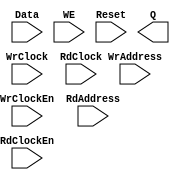
// --------------------------------------------------------------------
// >>>>>>>>>>>>>>>>>>>>>>>>> COPYRIGHT NOTICE <<<<<<<<<<<<<<<<<<<<<<<<<
// --------------------------------------------------------------------
// Copyright (c) 2005 by Lattice Semiconductor Corporation
// --------------------------------------------------------------------
//
//
//                     Lattice Semiconductor Corporation
//                     5555 NE Moore Court
//                     Hillsboro, OR 97214
//                     U.S.A.
//
//                     TEL: 1-800-Lattice  (USA and Canada)
//                          1-408-826-6000 (other locations)
//
//                     web: http://www.latticesemi.com/
//
// --------------------------------------------------------------------
//
// Synthesis Black Box definition for PMI Blocks
// $Header: /home/CVS_apps/PCIeSol/Source/pmi_def.v,v 1.1.1.1 2008/07/01 17:34:22 jfreed Exp $

module pmi_distributed_dpram 
  #(parameter pmi_addr_depth = 32,
    parameter pmi_addr_width = 5,
    parameter pmi_data_width = 8,
    parameter pmi_regmode = "reg",
    parameter pmi_init_file = "none",
    parameter pmi_init_file_format = "binary",
    parameter pmi_family = "EC",
    parameter module_type = "pmi_distributed_dpram")

    (
    input [(pmi_addr_width-1):0] WrAddress,
    input [(pmi_data_width-1):0] Data,
    input WrClock,
    input WE,
    input WrClockEn,
    input [(pmi_addr_width-1):0] RdAddress,
    input RdClock,
    input RdClockEn,
    input Reset,
    output [(pmi_data_width-1):0] Q)/* synthesis syn_black_box */;

endmodule // pmi_distributed_dpram

module pmi_distributed_rom
  #(parameter pmi_addr_depth = 32,
    parameter pmi_addr_width = 5,
    parameter pmi_data_width = 8,
    parameter pmi_regmode = "reg",
    parameter pmi_init_file = "none",
    parameter pmi_init_file_format = "binary",
    parameter pmi_family = "EC",
    parameter module_type = "pmi_distributed_rom")
    (
     input [(pmi_addr_width-1):0] Address,
     input OutClock,
     input OutClockEn,
     input Reset,
     output [(pmi_data_width-1):0] Q)/* synthesis syn_black_box */;
   
endmodule // pmi_distributed_rom


module pmi_distributed_spram 
  #(parameter pmi_addr_depth = 32,
    parameter pmi_addr_width = 5,
    parameter pmi_data_width = 8,
    parameter pmi_regmode = "reg",
    parameter pmi_init_file = "none",
    parameter pmi_init_file_format = "binary",
    parameter pmi_family = "EC",
    parameter module_type = "pmi_distributed_spram")

    (
     input [(pmi_addr_width-1):0] Address,
     input [(pmi_data_width-1):0] Data,
     input Clock,
     input ClockEn,
     input WE,
     input Reset,
     output [(pmi_data_width-1):0] Q)/* synthesis syn_black_box */;

endmodule // pmi_distributed_spram

module pmi_distributed_shift_reg
  #(parameter pmi_data_width = 16,
    parameter pmi_regmode = "reg",
    parameter pmi_shiftreg_type = "fixed",
    parameter pmi_num_shift = 16,
    parameter pmi_num_width = 4,
    parameter pmi_max_shift = 16,
    parameter pmi_max_width = 4,
    parameter pmi_init_file = "none",
    parameter pmi_init_file_format = "binary",
    parameter pmi_family = "EC",
    parameter module_type = "pmi_distributed_shift_reg")
  
    (
     input [(pmi_data_width-1):0] Din,
     input [(pmi_max_width-1):0] Addr,
     input Clock,
     input ClockEn,
     input Reset,
     output [(pmi_data_width-1):0] Q)/*synthesis syn_black_box*/;

endmodule // pmi_distributed_shift_reg

module pmi_constant_mult #(parameter pmi_dataa_width = 8, 
                  parameter pmi_datab_width = 8,
                  parameter module_type = "pmi_constant_mult",
                  parameter pmi_sign = "on",
                  parameter pmi_additional_pipeline = 1,
                  parameter pmi_constant_value = 2,
                  parameter pmi_input_reg = "on",
                  parameter pmi_output_reg = "on",
                  parameter pmi_family = "EC",
                  parameter pmi_implementation = "LUT")

              (input   [(pmi_dataa_width-1):0]  DataA,
               input   Clock, ClkEn, Aclr,
               output  [(pmi_dataa_width + pmi_datab_width - 1):0]  Result)/*synthesis syn_black_box*/;

endmodule // pmi_constant_mult

module pmi_mult #(parameter pmi_dataa_width = 8, 
	       parameter pmi_datab_width = 8,
	       parameter module_type = "pmi_mult",
	       parameter pmi_sign = "on",
	       parameter pmi_additional_pipeline = 1,
	       parameter pmi_input_reg = "on",
	       parameter pmi_output_reg = "on",
	       parameter pmi_family = "EC",
	       parameter pmi_implementation = "LUT")

	      (input   [(pmi_dataa_width-1):0]  DataA,
	       input   [(pmi_datab_width-1):0]  DataB,
	       input   Clock, ClkEn, Aclr,
	       output  [(pmi_dataa_width + pmi_datab_width - 1):0]  Result)/*synthesis syn_black_box*/;

endmodule // pmi_mult

module pmi_mac #(parameter pmi_dataa_width = 8,
	       parameter pmi_datab_width = 8,
	       parameter pmi_accum_width = 32,
	       parameter module_type = "pmi_mac",
	       parameter pmi_sign = "on",
	       parameter pmi_additional_pipeline = 1,
	       parameter pmi_add_sub = "add",
	       parameter pmi_input_reg = "on",
	       parameter pmi_family = "EC",
	       parameter pmi_implementation = "LUT")

	      (input   [(pmi_dataa_width - 1):0]  DataA,
	       input   [(pmi_datab_width - 1):0]  DataB,
	       input   Clock, ClkEn, Aclr,
	       output  [(pmi_accum_width - 1):0]  Result)/*synthesis syn_black_box*/;

endmodule // pmi_mac

module pmi_multaddsub #(parameter pmi_dataa_width = 8, 
	       parameter pmi_datab_width = 8,
	       parameter module_type = "pmi_multaddsub",
	       parameter pmi_sign = "on",
	       parameter pmi_additional_pipeline = 1,
	       parameter pmi_add_sub = "add",
	       parameter pmi_input_reg = "on",
	       parameter pmi_output_reg = "on",
	       parameter pmi_family = "EC",
	       parameter pmi_implementation = "LUT")

	      (input   [(pmi_dataa_width-1):0]  DataA0,
	       input   [(pmi_dataa_width-1):0]  DataA1,
	       input   [(pmi_datab_width-1):0]  DataB0,
	       input   [(pmi_datab_width-1):0]  DataB1,
	       input   Clock, ClkEn, Aclr,
	       output  [(pmi_dataa_width + pmi_datab_width):0]  Result)/*synthesis syn_black_box*/;

endmodule // pmi_multaddsub

module pmi_multaddsubsum #(parameter pmi_dataa_width = 8, 
	       parameter pmi_datab_width = 8,
	       parameter module_type = "pmi_multaddsubsum",
	       parameter pmi_sign = "on",
	       parameter pmi_additional_pipeline = 1,
	       parameter pmi_add_sub0 = "add",
	       parameter pmi_add_sub1 = "add",
	       parameter pmi_input_reg = "on",
	       parameter pmi_output_reg = "on",
	       parameter pmi_family = "EC",
	       parameter pmi_implementation = "LUT")

	      (input   [(pmi_dataa_width-1):0]  DataA0,
	       input   [(pmi_dataa_width-1):0]  DataA1,
	       input   [(pmi_dataa_width-1):0]  DataA2,
	       input   [(pmi_dataa_width-1):0]  DataA3,
	       input   [(pmi_datab_width-1):0]  DataB0,
	       input   [(pmi_datab_width-1):0]  DataB1,
	       input   [(pmi_datab_width-1):0]  DataB2,
	       input   [(pmi_datab_width-1):0]  DataB3,
	       input   Clock, ClkEn, Aclr,
	       output  [(pmi_dataa_width + pmi_datab_width + 1):0]  Result)/*synthesis syn_black_box*/;

endmodule // pmi_multaddsubsum

module pmi_complex_mult #(parameter pmi_dataa_width = 8,
	       parameter pmi_datab_width = 8,
	       parameter module_type = "pmi_complex_mult",
	       parameter pmi_sign = "on",
	       parameter pmi_additional_pipeline = 1,
	       parameter pmi_input_reg = "on",
	       parameter pmi_output_reg = "on",
	       parameter pmi_family = "EC",
	       parameter pmi_mult_mode = 3,
	       parameter pmi_implementation = "LUT")

	      (input   [(pmi_dataa_width-1):0]  DataA_Re,
	       input   [(pmi_dataa_width-1):0]  DataA_Im,
	       input   [(pmi_datab_width-1):0]  DataB_Re,
	       input   [(pmi_datab_width-1):0]  DataB_Im,
	       input   Clock, ClkEn, Aclr,
	       output  [(pmi_dataa_width + pmi_datab_width):0]  Result_Re,
	       output  [(pmi_dataa_width + pmi_datab_width):0]  Result_Im)/*synthesis syn_black_box*/;

endmodule // pmi_complex_mult

module pmi_add 
  #(parameter pmi_data_width = 8,
    parameter pmi_result_width = 8,
    parameter pmi_sign = "off",
    parameter pmi_family = "EC",
    parameter module_type = "pmi_add"
    )

    (
     input [pmi_data_width-1:0] DataA,
     input [pmi_data_width-1:0] DataB,
     input Cin,
     output [pmi_data_width-1:0] Result,
     output Cout,
     output Overflow)/*synthesis syn_black_box */;
endmodule // pmi_add

module pmi_sub 
  #(parameter pmi_data_width = 8,
    parameter pmi_result_width = 8,
    parameter pmi_sign = "off",
    parameter pmi_family = "EC",
    parameter module_type = "pmi_sub"
    )
    
    (
     input [pmi_data_width-1:0] DataA,
     input [pmi_data_width-1:0] DataB,
     input Cin,
     output [pmi_data_width-1:0] Result,
     output Cout,
     output Overflow)/*synthesis syn_black_box */;
endmodule // pmi_sub

module pmi_counter 
  #(parameter pmi_data_width = 8,
    parameter pmi_updown = "up",
    parameter pmi_family = "EC",
    parameter module_type = "pmi_counter"
    )

  (
   input Clock,
   input Clk_En,
   input Aclr,
   input UpDown,
   output [pmi_data_width-1:0] Q)/*synthesis syn_black_box */;
endmodule // pmi_counter

module pmi_addsub #(parameter pmi_data_width = 8,
		    parameter pmi_result_width = 8,
		    parameter pmi_sign = "off",
		    parameter pmi_family = "EC",
		    parameter module_type = "pmi_addsub"
		    )
  
  (
   input [pmi_data_width-1:0] DataA,
   input [pmi_data_width-1:0] DataB,
   input Cin,
   input Add_Sub,
   output [pmi_data_width-1:0] Result,
   output Cout,
   output Overflow)/*synthesis syn_black_box */;
endmodule // pmi_addsub

module pmi_ram_dp
  #(parameter pmi_wr_addr_depth = 512,
    parameter pmi_wr_addr_width = 9,
    parameter pmi_wr_data_width = 18,
    parameter pmi_rd_addr_depth = 512,
    parameter pmi_rd_addr_width = 9,
    parameter pmi_rd_data_width = 18,
    parameter pmi_regmode = "reg",
    parameter pmi_gsr = "disable",
    parameter pmi_resetmode = "sync",
    parameter pmi_init_file = "none",
    parameter pmi_init_file_format = "binary",
    parameter pmi_family = "EC",
    parameter module_type = "pmi_ram_dp")
    
    (input [(pmi_wr_data_width-1):0] Data,
     input [(pmi_wr_addr_width-1):0] WrAddress,
     input [(pmi_rd_addr_width-1):0] RdAddress,
     input  WrClock,
     input  RdClock,
     input  WrClockEn,
     input  RdClockEn,
     input  WE,
     input  Reset,
     output [(pmi_rd_data_width-1):0]  Q);/*synthesis syn_black_box */

endmodule // pmi_ram_dp

module pmi_ram_dp_true
  #(parameter pmi_addr_depth_a = 512,
    parameter pmi_addr_width_a = 9,
    parameter pmi_data_width_a = 18,
    parameter pmi_addr_depth_b = 512,
    parameter pmi_addr_width_b = 9,
    parameter pmi_data_width_b = 18,
    parameter pmi_regmode_a = "reg",
    parameter pmi_regmode_b = "reg",
    parameter pmi_gsr = "disable",
    parameter pmi_resetmode = "sync",
    parameter pmi_init_file = "none",
    parameter pmi_init_file_format = "binary",
    parameter pmi_write_mode_a = "normal",
    parameter pmi_write_mode_b = "normal",
    parameter pmi_family = "EC",
    parameter module_type = "pmi_ram_dp_true")
  
    (input [(pmi_data_width_a-1):0]	DataInA,
     input [(pmi_data_width_b-1):0]	DataInB,
     input [(pmi_addr_width_a-1):0] AddressA,
     input [(pmi_addr_width_b-1):0] AddressB,
     input  ClockA,
     input  ClockB,
     input  ClockEnA,
     input  ClockEnB,
     input  WrA,
     input  WrB,
     input  ResetA,
     input  ResetB,
     output [(pmi_data_width_a-1):0]  QA,
     output [(pmi_data_width_b-1):0]  QB)/*synthesis syn_black_box */;
   
endmodule // pmi_ram_dp_true

module pmi_ram_dq
  #(parameter pmi_addr_depth = 512,
    parameter pmi_addr_width = 9,
    parameter pmi_data_width = 18,
    parameter pmi_regmode = "reg",
    parameter pmi_gsr = "disable",
    parameter pmi_resetmode = "sync",
    parameter pmi_init_file = "none",
    parameter pmi_init_file_format = "binary",
    parameter pmi_write_mode = "normal",
    parameter pmi_family = "EC",
    parameter module_type = "pmi_ram_dq")
    
    (input [(pmi_data_width-1):0]	Data,
     input [(pmi_addr_width-1):0] Address,
     input  Clock,
     input  ClockEn,
     input  WE,
     input  Reset,
     output [(pmi_data_width-1):0]  Q)/*synthesis syn_black_box*/;
   
endmodule // pmi_ram_dq

module pmi_rom
  #(parameter pmi_addr_depth = 512,
    parameter pmi_addr_width = 9,
    parameter pmi_data_width = 8,
    parameter pmi_regmode = "reg",
    parameter pmi_gsr = "disable",
    parameter pmi_resetmode = "sync",
    parameter pmi_init_file = "none",
    parameter pmi_init_file_format = "binary",
    parameter pmi_family = "EC",
    parameter module_type = "pmi_rom")

    (input [(pmi_addr_width-1):0]	Address,
     input OutClock,
     input OutClockEn,
     input Reset,
     output [(pmi_data_width-1):0] Q)/*synthesis syn_black_box*/;

endmodule // pmi_rom

module pmi_fifo_dc #(
		     parameter pmi_data_width_w = 18,
		     parameter pmi_data_width_r = 18,
		     parameter pmi_data_depth_w = 256,
		     parameter pmi_data_depth_r = 256,
		     parameter pmi_full_flag = 256,
		     parameter pmi_empty_flag = 0,
		     parameter pmi_almost_full_flag = 252,
		     parameter pmi_almost_empty_flag = 4,
		     parameter pmi_regmode = "reg",
		     parameter pmi_resetmode = "async",
		     parameter pmi_family = "EC" ,
		     parameter module_type = "pmi_fifo_dc",
			  parameter pmi_implementation = "EBR"
		     )

  (input  [pmi_data_width_w-1:0] Data,
   input WrClock,
   input RdClock,
   input WrEn,
   input RdEn,
   input Reset,
   input RPReset,
   output [pmi_data_width_r-1:0] Q,
   output Empty,
   output Full,
   output AlmostEmpty,
   output AlmostFull)/*synthesis syn_black_box */;

endmodule // pmi_fifo_dc

module pmi_fifo #(
		     parameter pmi_data_width = 8,
		     parameter pmi_data_depth = 256,
		     parameter pmi_full_flag = 256,
		     parameter pmi_empty_flag = 0,
		     parameter pmi_almost_full_flag = 252,
		     parameter pmi_almost_empty_flag = 4,
		     parameter pmi_regmode = "reg",
		     parameter pmi_family = "EC" ,
		     parameter module_type = "pmi_fifo",
			  parameter pmi_implementation = "EBR")

  (input  [pmi_data_width-1:0] Data,
   input Clock,
   input WrEn,
   input RdEn,
   input Reset,
   output [pmi_data_width-1:0] Q,
   output Empty,
   output Full,
   output AlmostEmpty,
   output AlmostFull)/*synthesis syn_black_box */;

endmodule // pmi_fifo

module pmi_dsp_mac #(
parameter pmi_dataa_width = 8,
   parameter pmi_datab_width = 8,
   parameter pmi_additional_pipeline = 0,
   parameter pmi_input_reg = "on",
   parameter pmi_family = "ECP2",
   parameter pmi_gsr = "enable",
   parameter pmi_source_control_a = "parallel",
   parameter pmi_source_control_b = "parallel",
   parameter pmi_reg_inputa_clk = "CLK0",
   parameter pmi_reg_inputa_ce = "CE0",
   parameter pmi_reg_inputa_rst = "RST0",
   parameter pmi_reg_inputb_clk = "CLK0",
   parameter pmi_reg_inputb_ce = "CE0",
   parameter pmi_reg_inputb_rst = "RST0",
   parameter pmi_reg_pipeline_clk = "CLK0",
   parameter pmi_reg_pipeline_ce = "CE0",
   parameter pmi_reg_pipeline_rst = "RST0",
   parameter pmi_reg_output_clk = "CLK0",
   parameter pmi_reg_output_ce = "CE0",
   parameter pmi_reg_output_rst = "RST0",
   parameter pmi_reg_signeda_0_clk = "CLK0",
   parameter pmi_reg_signeda_0_ce = "CE0",
   parameter pmi_reg_signeda_0_rst = "RST0",
   parameter pmi_reg_signeda_1_clk = "CLK0",
   parameter pmi_reg_signeda_1_ce = "CE0",
   parameter pmi_reg_signeda_1_rst = "RST0",
   parameter pmi_reg_signedb_0_clk = "CLK0",
   parameter pmi_reg_signedb_0_ce = "CE0",
   parameter pmi_reg_signedb_0_rst = "RST0",
   parameter pmi_reg_signedb_1_clk = "CLK0",
   parameter pmi_reg_signedb_1_ce = "CE0",
   parameter pmi_reg_signedb_1_rst = "RST0",
   parameter pmi_reg_addnsub_0_clk = "CLK0",
   parameter pmi_reg_addnsub_0_ce = "CE0",
   parameter pmi_reg_addnsub_0_rst = "RST0",
   parameter pmi_reg_addnsub_1_clk = "CLK0",
   parameter pmi_reg_addnsub_1_ce = "CE0",
   parameter pmi_reg_addnsub_1_rst = "RST0",
   parameter pmi_reg_accumsload_0_clk = "CLK0",
   parameter pmi_reg_accumsload_0_ce = "CE0",
   parameter pmi_reg_accumsload_0_rst = "RST0",
   parameter pmi_reg_accumsload_1_clk = "CLK0",
   parameter pmi_reg_accumsload_1_ce = "CE0",
   parameter pmi_reg_accumsload_1_rst = "RST0",
   parameter module_type = "pmi_dsp_mac")

  (input [(pmi_dataa_width-1):0]       A,
   input [(pmi_datab_width-1):0]       B,
   input [(pmi_dataa_width-1):0]       SRIA,
   input [(pmi_datab_width-1):0]       SRIB,
   input CLK0,
   input CLK1,
   input CLK2,
   input CLK3,
   input CE0,
   input CE1,
   input CE2,
   input CE3,
   input RST0,
   input RST1,
   input RST2,
   input RST3,
   input SignA,
   input SignB,
   input SourceA,
   input SourceB,
   input ADDNSUB,
   input [((pmi_dataa_width + pmi_datab_width - 1) + 16):0] LD,
   input ACCUMSLOAD,
   output [((pmi_dataa_width + pmi_datab_width - 1) + 16):0] ACCUM,
   output OVERFLOW,
   output [(pmi_dataa_width-1):0]  SROA,
   output [(pmi_datab_width-1):0]  SROB)/*synthesis syn_black_box */;

endmodule // pmi_dsp_mac

module pmi_dsp_mult
 #(parameter pmi_dataa_width = 8,
   parameter pmi_datab_width = 8,
   parameter pmi_additional_pipeline = 0,
   parameter pmi_input_reg = "on",
   parameter pmi_output_reg = "on",
   parameter pmi_family = "ECP2",
   parameter pmi_gsr = "enable",
   parameter pmi_source_control_a = "parallel",
   parameter pmi_source_control_b = "parallel",
   parameter pmi_reg_inputa_clk = "CLK0",
   parameter pmi_reg_inputa_ce = "CE0",
   parameter pmi_reg_inputa_rst = "RST0",
   parameter pmi_reg_inputb_clk = "CLK0",
   parameter pmi_reg_inputb_ce = "CE0",
   parameter pmi_reg_inputb_rst = "RST0",
   parameter pmi_reg_pipeline_clk = "CLK0",
   parameter pmi_reg_pipeline_ce = "CE0",
   parameter pmi_reg_pipeline_rst = "RST0",
   parameter pmi_reg_output_clk = "CLK0",
   parameter pmi_reg_output_ce = "CE0",
   parameter pmi_reg_output_rst = "RST0",
   parameter pmi_reg_signeda_clk = "CLK0",
   parameter pmi_reg_signeda_ce = "CE0",
   parameter pmi_reg_signeda_rst = "RST0",
   parameter pmi_reg_signedb_clk = "CLK0",
   parameter pmi_reg_signedb_ce = "CE0",
   parameter pmi_reg_signedb_rst = "RST0",
   parameter module_type = "pmi_dsp_mult")

  (input [(pmi_dataa_width-1):0]       A,
   input [(pmi_datab_width-1):0]       B,
   input [(pmi_dataa_width-1):0]       SRIA,
   input [(pmi_datab_width-1):0]       SRIB,
   input CLK0,
   input CLK1,
   input CLK2,
   input CLK3,
   input CE0,
   input CE1,
   input CE2,
   input CE3,
   input RST0,
   input RST1,
   input RST2,
   input RST3,
   input SignA,
   input SignB,
   input SourceA,
   input SourceB,
   output [(pmi_dataa_width + pmi_datab_width - 1):0]  P,
   output [(pmi_dataa_width-1):0]  SROA,
   output [(pmi_datab_width-1):0]  SROB)/*synthesis syn_black_box */;

endmodule //pmi_dsp_mult

module pmi_dsp_multaddsub
 #(parameter pmi_dataa_width = 8,
   parameter pmi_datab_width = 8,
   parameter pmi_additional_pipeline = 0,
   parameter pmi_input_reg = "on",
   parameter pmi_output_reg = "on",
   parameter pmi_family = "ECP2",
   parameter pmi_gsr = "enable",
   parameter pmi_source_control_a0 = "parallel",
   parameter pmi_source_control_a1 = "parallel",
   parameter pmi_source_control_b0 = "parallel",
   parameter pmi_source_control_b1 = "parallel",
   parameter pmi_reg_inputa0_clk = "CLK0",
   parameter pmi_reg_inputa0_ce = "CE0",
   parameter pmi_reg_inputa0_rst = "RST0",
   parameter pmi_reg_inputa1_clk = "CLK0",
   parameter pmi_reg_inputa1_ce = "CE0",
   parameter pmi_reg_inputa1_rst = "RST0",
   parameter pmi_reg_inputb0_clk = "CLK0",
   parameter pmi_reg_inputb0_ce = "CE0",
   parameter pmi_reg_inputb0_rst = "RST0",
   parameter pmi_reg_inputb1_clk = "CLK0",
   parameter pmi_reg_inputb1_ce = "CE0",
   parameter pmi_reg_inputb1_rst = "RST0",
   parameter pmi_reg_pipeline0_clk = "CLK0",
   parameter pmi_reg_pipeline0_ce = "CE0",
   parameter pmi_reg_pipeline0_rst = "RST0",
   parameter pmi_reg_pipeline1_clk = "CLK0",
   parameter pmi_reg_pipeline1_ce = "CE0",
   parameter pmi_reg_pipeline1_rst = "RST0",
   parameter pmi_reg_output_clk = "CLK0",
   parameter pmi_reg_output_ce = "CE0",
   parameter pmi_reg_output_rst = "RST0",
   parameter pmi_reg_signeda_0_clk = "CLK0",
   parameter pmi_reg_signeda_0_ce = "CE0",
   parameter pmi_reg_signeda_0_rst = "RST0",
   parameter pmi_reg_signeda_1_clk = "CLK0",
   parameter pmi_reg_signeda_1_ce = "CE0",
   parameter pmi_reg_signeda_1_rst = "RST0",
   parameter pmi_reg_signedb_0_clk = "CLK0",
   parameter pmi_reg_signedb_0_ce = "CE0",
   parameter pmi_reg_signedb_0_rst = "RST0",
   parameter pmi_reg_signedb_1_clk = "CLK0",
   parameter pmi_reg_signedb_1_ce = "CE0",
   parameter pmi_reg_signedb_1_rst = "RST0",
   parameter pmi_reg_addnsub_0_clk = "CLK0",
   parameter pmi_reg_addnsub_0_ce = "CE0",
   parameter pmi_reg_addnsub_0_rst = "RST0",
   parameter pmi_reg_addnsub_1_clk = "CLK0",
   parameter pmi_reg_addnsub_1_ce = "CE0",
   parameter pmi_reg_addnsub_1_rst = "RST0",
   parameter module_type = "pmi_dsp_multaddsub")

  (input [(pmi_dataa_width-1):0]       A0, A1,
   input [(pmi_datab_width-1):0]       B0, B1,
   input [(pmi_dataa_width-1):0]       SRIA,
   input [(pmi_datab_width-1):0]       SRIB,
   input CLK0,
   input CLK1,
   input CLK2,
   input CLK3,
   input CE0,
   input CE1,
   input CE2,
   input CE3,
   input RST0,
   input RST1,
   input RST2,
   input RST3,
   input SignA,
   input SignB,
   input ShiftA0,
   input ShiftA1,
   input ShiftB0,
   input ShiftB1,
   input ADDNSUB,
   output [(pmi_dataa_width + pmi_datab_width):0]  SUM,
   output [(pmi_dataa_width-1):0]  SROA,
   output [(pmi_datab_width-1):0]  SROB)/*synthesis syn_black_box */;

endmodule // pmi_dsp_multaddsub

module pmi_dsp_multaddsubsum
 #(parameter pmi_dataa_width = 8,
   parameter pmi_datab_width = 8,
   parameter pmi_additional_pipeline = 0,
   parameter pmi_input_reg = "on",
   parameter pmi_output_reg = "on",
   parameter pmi_family = "ECP2",
   parameter pmi_gsr = "enable",
   parameter pmi_source_control_a0 = "parallel",
   parameter pmi_source_control_a1 = "parallel",
   parameter pmi_source_control_a2 = "parallel",
   parameter pmi_source_control_a3 = "parallel",
   parameter pmi_source_control_b0 = "parallel",
   parameter pmi_source_control_b1 = "parallel",
   parameter pmi_source_control_b2 = "parallel",
   parameter pmi_source_control_b3 = "parallel",
   parameter pmi_reg_inputa0_clk = "CLK0",
   parameter pmi_reg_inputa0_ce = "CE0",
   parameter pmi_reg_inputa0_rst = "RST0",
   parameter pmi_reg_inputa1_clk = "CLK0",
   parameter pmi_reg_inputa1_ce = "CE0",
   parameter pmi_reg_inputa1_rst = "RST0",
   parameter pmi_reg_inputa2_clk = "CLK0",
   parameter pmi_reg_inputa2_ce = "CE0",
   parameter pmi_reg_inputa2_rst = "RST0",
   parameter pmi_reg_inputa3_clk = "CLK0",
   parameter pmi_reg_inputa3_ce = "CE0",
   parameter pmi_reg_inputa3_rst = "RST0",
   parameter pmi_reg_inputb0_clk = "CLK0",
   parameter pmi_reg_inputb0_ce = "CE0",
   parameter pmi_reg_inputb0_rst = "RST0",
   parameter pmi_reg_inputb1_clk = "CLK0",
   parameter pmi_reg_inputb1_ce = "CE0",
   parameter pmi_reg_inputb1_rst = "RST0",
   parameter pmi_reg_inputb2_clk = "CLK0",
   parameter pmi_reg_inputb2_ce = "CE0",
   parameter pmi_reg_inputb2_rst = "RST0",
   parameter pmi_reg_inputb3_clk = "CLK0",
   parameter pmi_reg_inputb3_ce = "CE0",
   parameter pmi_reg_inputb3_rst = "RST0",
   parameter pmi_reg_pipeline0_clk = "CLK0",
   parameter pmi_reg_pipeline0_ce = "CE0",
   parameter pmi_reg_pipeline0_rst = "RST0",
   parameter pmi_reg_pipeline1_clk = "CLK0",
   parameter pmi_reg_pipeline1_ce = "CE0",
   parameter pmi_reg_pipeline1_rst = "RST0",
   parameter pmi_reg_pipeline2_clk = "CLK0",
   parameter pmi_reg_pipeline2_ce = "CE0",
   parameter pmi_reg_pipeline2_rst = "RST0",
   parameter pmi_reg_pipeline3_clk = "CLK0",
   parameter pmi_reg_pipeline3_ce = "CE0",
   parameter pmi_reg_pipeline3_rst = "RST0",
   parameter pmi_reg_output_clk = "CLK0",
   parameter pmi_reg_output_ce = "CE0",
   parameter pmi_reg_output_rst = "RST0",
   parameter pmi_reg_signeda_0_clk = "CLK0",
   parameter pmi_reg_signeda_0_ce = "CE0",
   parameter pmi_reg_signeda_0_rst = "RST0",
   parameter pmi_reg_signeda_1_clk = "CLK0",
   parameter pmi_reg_signeda_1_ce = "CE0",
   parameter pmi_reg_signeda_1_rst = "RST0",
   parameter pmi_reg_signedb_0_clk = "CLK0",
   parameter pmi_reg_signedb_0_ce = "CE0",
   parameter pmi_reg_signedb_0_rst = "RST0",
   parameter pmi_reg_signedb_1_clk = "CLK0",
   parameter pmi_reg_signedb_1_ce = "CE0",
   parameter pmi_reg_signedb_1_rst = "RST0",
   parameter pmi_reg_addnsub1_0_clk = "CLK0",
   parameter pmi_reg_addnsub1_0_ce = "CE0",
   parameter pmi_reg_addnsub1_0_rst = "RST0",
   parameter pmi_reg_addnsub1_1_clk = "CLK0",
   parameter pmi_reg_addnsub1_1_ce = "CE0",
   parameter pmi_reg_addnsub1_1_rst = "RST0",
   parameter pmi_reg_addnsub3_0_clk = "CLK0",
   parameter pmi_reg_addnsub3_0_ce = "CE0",
   parameter pmi_reg_addnsub3_0_rst = "RST0",
   parameter pmi_reg_addnsub3_1_clk = "CLK0",
   parameter pmi_reg_addnsub3_1_ce = "CE0",
   parameter pmi_reg_addnsub3_1_rst = "RST0",
   parameter module_type = "pmi_dsp_multaddsubsum")

  (input [(pmi_dataa_width-1):0]       A0, A1, A2, A3,
   input [(pmi_datab_width-1):0]       B0, B1, B2, B3,
   input [(pmi_dataa_width-1):0]       SRIA,
   input [(pmi_datab_width-1):0]       SRIB,
   input CLK0,
   input CLK1,
   input CLK2,
   input CLK3,
   input CE0,
   input CE1,
   input CE2,
   input CE3,
   input RST0,
   input RST1,
   input RST2,
   input RST3,
   input SignA,
   input SignB,
   input ShiftA0,
   input ShiftA1,
   input ShiftA2,
   input ShiftA3,
   input ShiftB0,
   input ShiftB1,
   input ShiftB2,
   input ShiftB3,
   input ADDNSUB1,
   input ADDNSUB3,
   output [(pmi_dataa_width + pmi_datab_width + 1):0]  SUM,
   output [(pmi_dataa_width-1):0]  SROA,
   output [(pmi_datab_width-1):0]  SROB)/*synthesis syn_black_box */;

endmodule //pmi_dsp_multaddsubsum

module pmi_pll
 #(parameter pmi_freq_clki = 100,
   parameter pmi_freq_clkfb = 100,
   parameter pmi_freq_clkop = 100,
   parameter pmi_freq_clkos = 100,
   parameter pmi_freq_clkok = 100,
   parameter pmi_family = "SC",
   parameter pmi_phase_adj = 0,
   parameter pmi_duty_cycle = 50,
   parameter pmi_clkfb_source = "CLKOP",
   parameter pmi_fdel = "off",     // ECP2 Only
   parameter pmi_fdel_val = 0,
   parameter module_type = "pmi_pll")

  (input       CLKI,
   input       CLKFB,
   input       RESET,
   output      CLKOP,
   output      CLKOS,
   output      CLKOK,
   output      CLKOK2,
   output      LOCK)/*synthesis syn_black_box */;

endmodule //pmi_pll